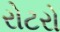
રોટરો